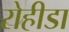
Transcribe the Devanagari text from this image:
रोहीडा